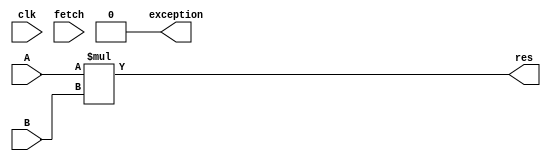
module multiplier(A, B, clk, fetch, res, exception);
	input [31:0] A, B;
	input fetch, clk;
	output [31:0] res;
	output exception;

	assign res = A * B;
	assign exception = 1'b0;
endmodule